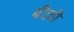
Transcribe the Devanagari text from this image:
बील्ली